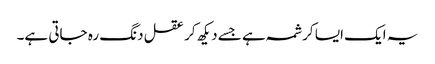
یہ ایک ایسا کرشمہ ہے جسے دیکھ کر عقل دنگ رہ جاتی ہے۔